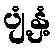
ပျံ့နှံ့